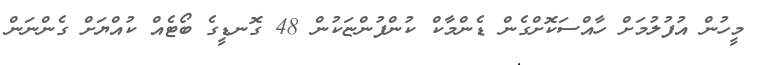
މީހުން އުފުލުމަށް ހާއްސަކޮށްގެން ޑެންމާކް ކުންފުންޏަކުން 48 ގޮނޑީގެ ބޯޓެއް ކުއްޔަށް ގެންނަން